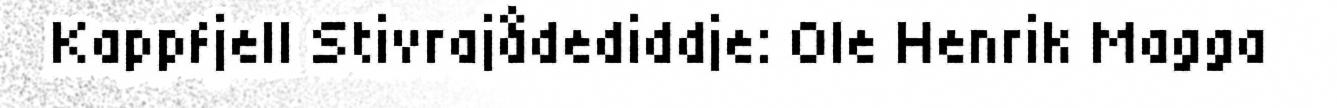
Kappfjell Stivrajådediddje: Ole Henrik Magga